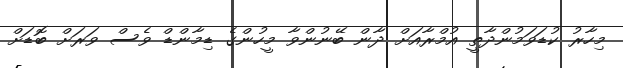
މިހާރު ކުޑަވަމުންދާތީ އުމްރާއަށް ދާން ބޭނުންވާ މީހުންގެ ޑިމާންޑް ވެސް ވަރަށް ބޮޑަށް